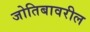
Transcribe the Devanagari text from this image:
जोतिबावरील